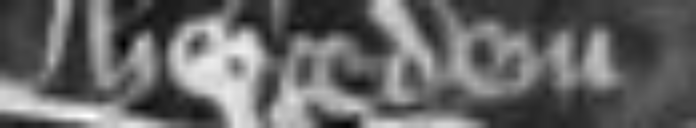
heredem